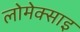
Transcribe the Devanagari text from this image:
लोमेक्साइ